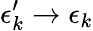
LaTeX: \epsilon_{k}^{\prime}\rightarrow\epsilon_{k}